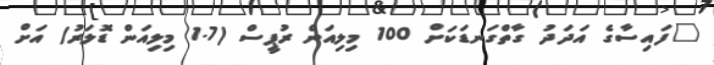
"ފައިސާގެ އަދަދު ގާތްގަނޑަކަށް 100 މިލިއަން ރުޕީސް (1.7 މިލިއަން ޑޮލަރު) އަށް